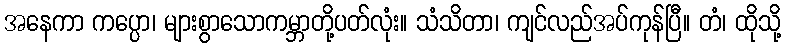
အနေကာ ကပ္ပော၊ များစွာသောကမ္ဘာတို့ပတ်လုံး။ သံသိတာ၊ ကျင်လည်အပ်ကုန်ပြီ။ တံ၊ ထိုသို့